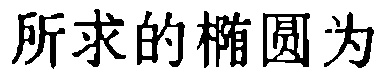
所求的椭圆为